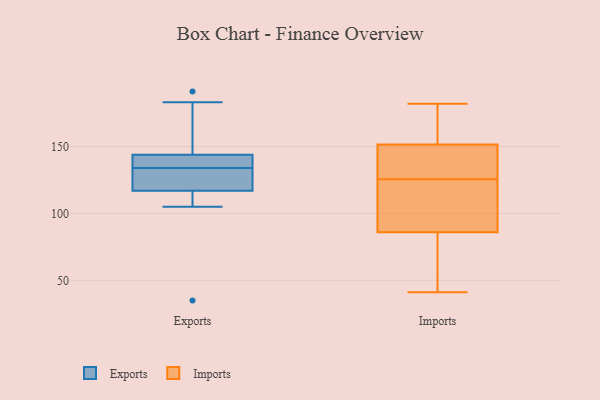
{"axis": {"x": "Inventory Turnover", "y": "Value"}, "legend": ["Exports", "Imports"], "data": [{"x": "", "y": 191, "type": "Exports"}, {"x": "", "y": 35, "type": "Exports"}, {"x": "", "y": 131, "type": "Exports"}, {"x": "", "y": 183, "type": "Exports"}, {"x": "", "y": 105, "type": "Exports"}, {"x": "", "y": 116, "type": "Exports"}, {"x": "", "y": 136, "type": "Exports"}, {"x": "", "y": 137, "type": "Exports"}, {"x": "", "y": 120, "type": "Exports"}, {"x": "", "y": 134, "type": "Exports"}, {"x": "", "y": 146, "type": "Exports"}, {"x": "", "y": 125, "type": "Imports"}, {"x": "", "y": 61, "type": "Imports"}, {"x": "", "y": 161, "type": "Imports"}, {"x": "", "y": 81, "type": "Imports"}, {"x": "", "y": 154, "type": "Imports"}, {"x": "", "y": 126, "type": "Imports"}, {"x": "", "y": 114, "type": "Imports"}, {"x": "", "y": 182, "type": "Imports"}, {"x": "", "y": 139, "type": "Imports"}, {"x": "", "y": 91, "type": "Imports"}, {"x": "", "y": 41, "type": "Imports"}, {"x": "", "y": 149, "type": "Imports"}, {"x": "", "y": 178, "type": "Imports"}, {"x": "", "y": 133, "type": "Imports"}, {"x": "", "y": 75, "type": "Imports"}, {"x": "", "y": 47, "type": "Imports"}, {"x": "", "y": 172, "type": "Imports"}, {"x": "", "y": 148, "type": "Imports"}, {"x": "", "y": 92, "type": "Imports"}, {"x": "", "y": 123, "type": "Imports"}]}